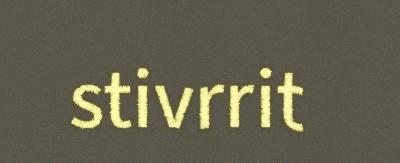
stivrrit